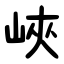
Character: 峽